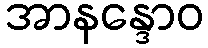
အာနန္ဒောဝ